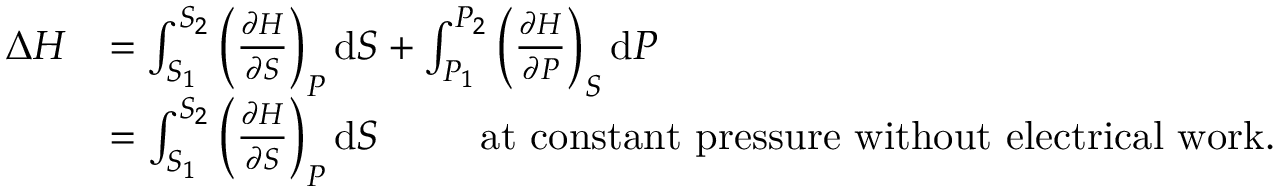
{ \begin{array} { r l } { \Delta H } & { = \int _ { S _ { 1 } } ^ { S _ { 2 } } \left( { \frac { \partial H } { \partial S } } \right) _ { P } \mathrm { d } S + \int _ { P _ { 1 } } ^ { P _ { 2 } } \left( { \frac { \partial H } { \partial P } } \right) _ { S } \mathrm { d } P } \\ & { = \int _ { S _ { 1 } } ^ { S _ { 2 } } \left( { \frac { \partial H } { \partial S } } \right) _ { P } \mathrm { d } S \, \, \, \, \, \, \, \, \, \, \, \, \, \, \, { \mathrm { a t ~ c o n s t a n t ~ p r e s s u r e ~ w i t h o u t ~ e l e c t r i c a l ~ w o r k . } } } \end{array} }